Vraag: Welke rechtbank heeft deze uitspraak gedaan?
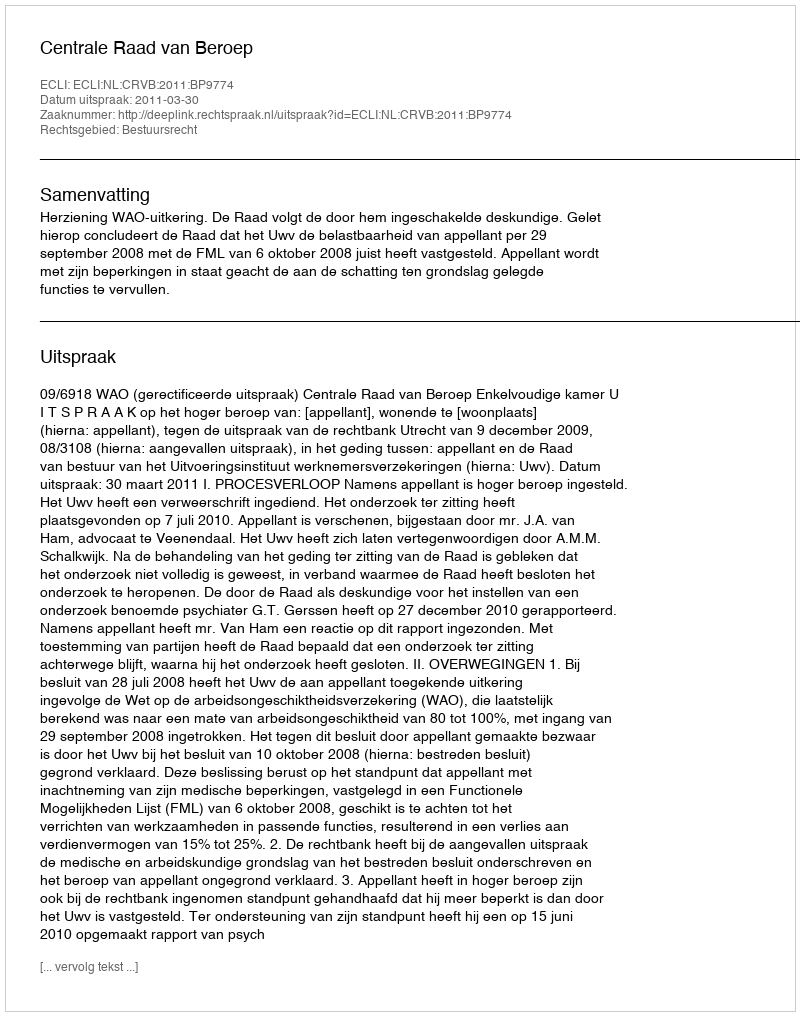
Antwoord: Centrale Raad van Beroep